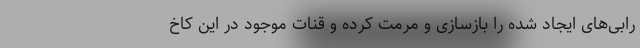
رابی‌های ایجاد شده را بازسازی و مرمت کرده و قنات موجود در این کاخ